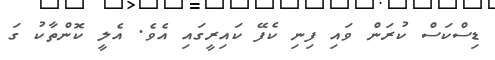
ޑިސްކަސް ކުރަން ވައި ފިނި ކެފޭ ކައިރީގައި އެވެ. އެލީ ކޮންތާކު ގަ